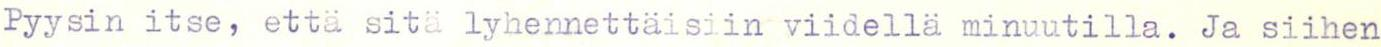
Pyysin itse, että sitä lyhennettäisiin viidellä minuutilla. Ja siihen